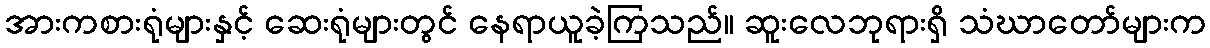
အားကစားရုံများနှင့် ဆေးရုံများတွင် နေရာယူခဲ့ကြသည်။ ဆူးလေဘုရားရှိ သံဃာတော်များက